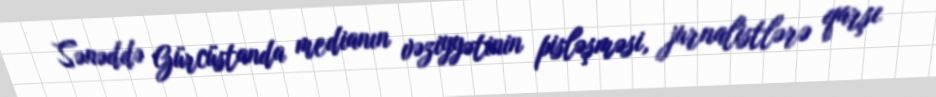
Sənəddə Gürcüstanda medianın vəziyyətinin pisləşməsi, jurnalistlərə qarşı